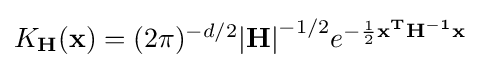
{\textstyle K_{\mathbf {H} }(\mathbf {x} )={(2\pi )^{-d/2}}\mathbf {|H|} ^{-1/2}e^{-{\frac {1}{2}}\mathbf {x^{T}} \mathbf {H^{-1}} \mathbf {x} }}